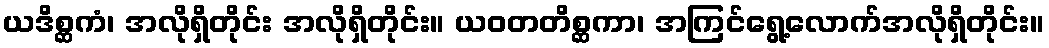
ယဒိစ္ဆကံ၊ အလိုရှိတိုင်း အလိုရှိတိုင်း။ ယဝတတိစ္ဆကာ၊ အကြင်ရွေ့လောက်အလိုရှိတိုင်း။